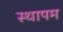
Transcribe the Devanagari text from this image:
स्थापम